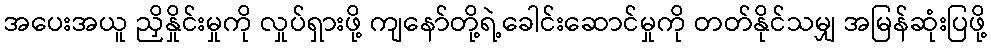
အပေးအယူ ညှိနှိုင်းမှုကို လှုပ်ရှားဖို့ ကျနော်တို့ရဲ့ခေါင်းဆောင်မှုကို တတ်နိုင်သမျှ အမြန်ဆုံးပြဖို့